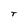
Character: T